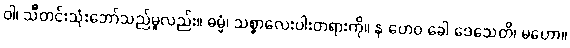
ဝါ၊ သိီတင်းသုံးဘော်သည်မူလည်း။ ဓမ္မံ၊ သစ္စာလေးပါးတရားကို။ န ဟေဝ ခေါ ဒေသေတိ၊ မဟော။